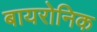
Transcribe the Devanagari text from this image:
बायरोनिक